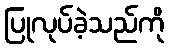
ပြုလုပ်ခဲ့သည်ကို